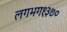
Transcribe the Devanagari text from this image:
लगभग१३७०